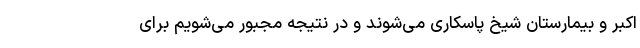
اکبر و بیمارستان شیخ پاسکاری می‌شوند و در نتیجه مجبور می‌شویم برای